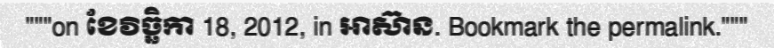
"""on ខែវិច្ឆិកា 18, 2012, in អាស៊ាន. Bookmark the permalink."""